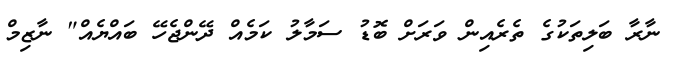
ނާރާ ބަލިތަކުގެ ތެރެއިން ވަރަށް ބޮޑު ސަމާލު ކަމެއް ދޭންޖެހޭ ބައްޔެއް" ނާޒިމް